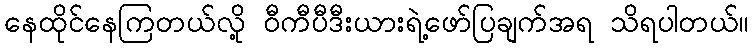
နေထိုင်နေကြတယ်လို့ ဝီကီပီဒီးယားရဲ့ဖော်ပြချက်အရ သိရပါတယ်။